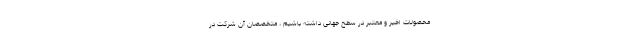
محصولات اخیر و معتبر در سطح جهانی داشته باشیم ، متخصصان آن شرکت در